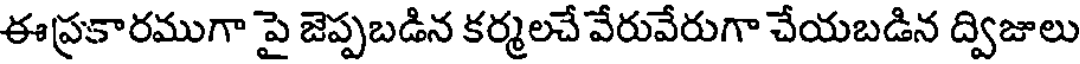
ఈప్రకారముగా పై జెప్పబడిన కర్మలచే వేరువేరుగా చేయబడిన ద్విజులు